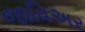
જાવિઅર